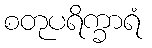
စတုပရိက္ခာရံ